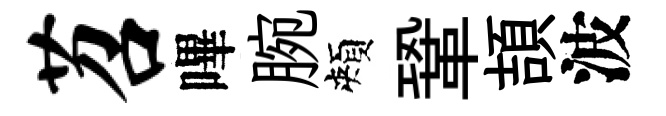
苕嗶腕頰鞏頡波